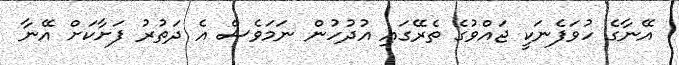
އޭނާގެ ހުވަފެނަކީ ޖައްވުގެ ތެރޭގައި އުދުހުން ނަމަވެސް އެ ދަތުރު ފަށާކަށް އޭނާ